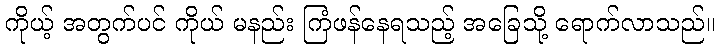
ကိုယ့် အတွက်ပင် ကိုယ် မနည်း ကြံဖန်နေရသည့် အခြေသို့ ရောက်လာသည်။